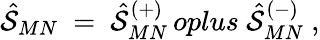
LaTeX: {\hat{\cal S}}_{MN}\ =\ {\hat{\cal S}}_{MN}^{(+)}\, oplus\ {\hat{\cal S}}_{MN}^{(-)}\ ,